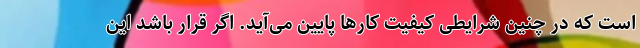
است که در چنین شرایطی کیفیت کارها پایین می‌آید. اگر قرار باشد این